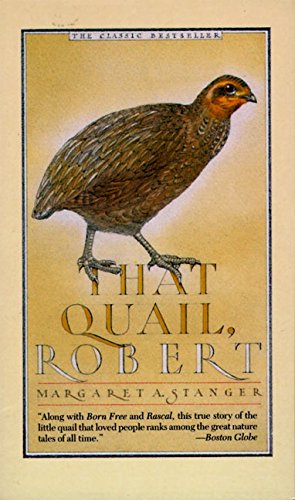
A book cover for That Quail, Robert; Margaret Stanger; Science & Math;